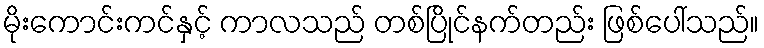
မိုးကောင်းကင်နှင့် ကာလသည် တစ်ပြိုင်နက်တည်း ဖြစ်ပေါ်သည်။